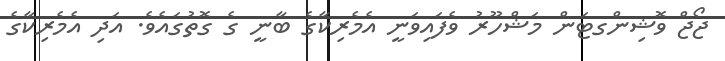
ޖޯޖް ވޮޝިންގޓަން މަޝްހޫރު ވެފައިވަނީ އެމެރިކާގެ ބާނީ ގެ ގޮތުގައެވެ. އަދި އެމެރިކާގެ